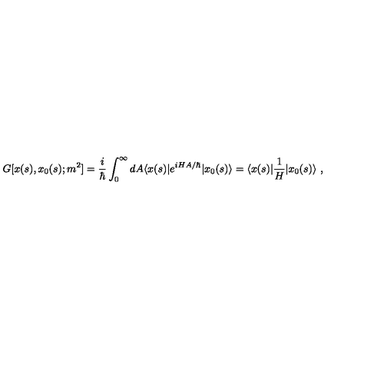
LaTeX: G [ x ( s ) , x _ { 0 } ( s ) ; m ^ { 2 } ] = { \frac { i } { \hbar } } \int _ { 0 } ^ { \infty } d A \langle x ( s ) | e ^ { i H A / \hbar } | x _ { 0 } ( s ) \rangle = \langle x ( s ) | { \frac { 1 } { H } } | x _ { 0 } ( s ) \rangle \ ,